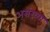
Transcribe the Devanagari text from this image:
असंख्या